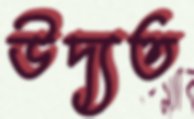
উদ্যত